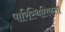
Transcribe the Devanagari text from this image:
पारिस्थितिकता